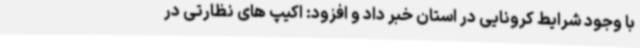
با وجود شرایط کرونایی در استان خبر داد و افزود: اکیپ های نظارتی در